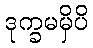
ဒုက္ခမမှိပိ